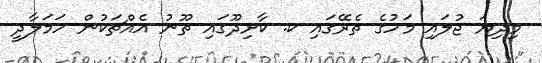
މިދިޔަ ޖުލައި މަހުގެ ތެރޭގައި ކ. ކާށިދޫގައި ތޫނު އެއްޗަކުން ހަމަލާދީ